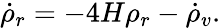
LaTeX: {\dot{\rho}}_{r}=-4H\rho_{r}-{\dot{\rho}}_{v}.